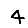
Digit: 4